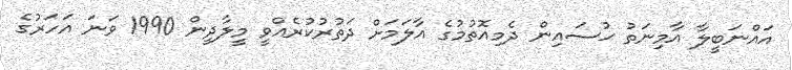
އައްނަބީލާ އާމިނަތު ޙުސައިން ދެމިއޮތުމުގެ އާލަމަށް ދަތުރުކުރެއްވީ މީލާދީން 1990 ވަނަ އަހަރުގެ